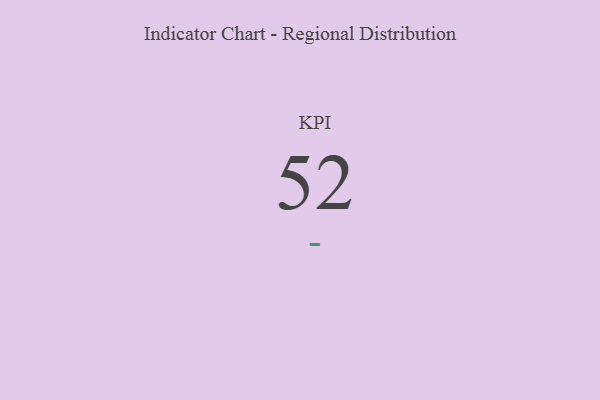
{"axis": {"x": "KPI", "y": "Value"}, "legend": [""], "data": [{"x": "KPI", "y": 52, "type": ""}]}